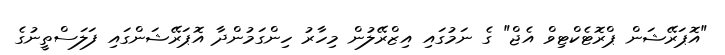
"އޮޕަރޭޝަން ޕްރޮޓެކްޓިވް އެޖް" ގެ ނަމުގައި އިޒްރޭލުން މިހާރު ހިންގަމުންދާ އޮޕަރޭޝަންގައި ފަލަސްތީނުގެ